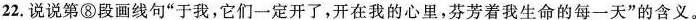
22.说说第⑧段画线句“于我，它们一定开了，开在我的心里，芬芳着我生命的每一天”的含义。